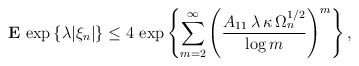
\begin{align*}{\bf E}\,\exp \left\{ \lambda |\xi _{n}|\right\} \le 4\,\exp \left\{\sum_{m=2}^{\infty }\left( \frac{A_{11}\,\lambda \,\kappa \,\Omega _{n}^{1/2}}{\log m}\right) ^{m}\right\} , \end{align*}